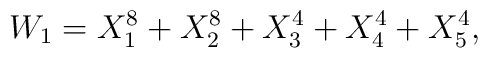
W_{1} =X_{1}^{8}+X_{2}^{8}+X_{3}^{4}+X_{4}^{4}+X_{5}^{4},